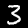
Label: 3